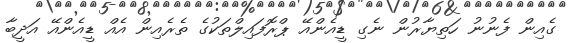
ގެއިން ފެނުނު ހަތިޔާރުން ނެގި ޑީއެންއޭ ޕްރޮފައިލްތަކުގެ ތެރެއިން އެއް ޑީއެންއޭ އަދީބާ